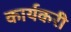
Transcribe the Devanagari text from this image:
कार्यकरी